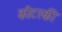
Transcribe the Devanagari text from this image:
कौटस्की